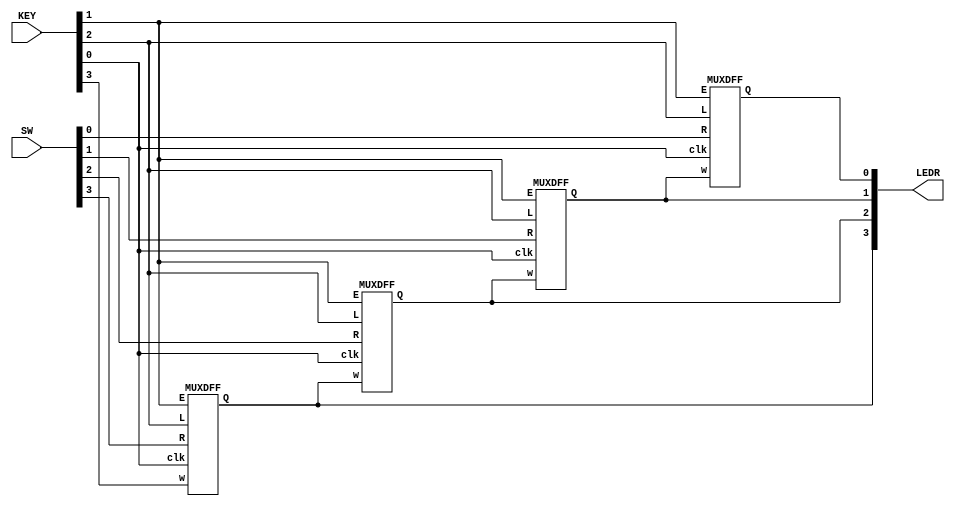
module top_module (
    input   [3:0]  SW,
    input   [3:0]  KEY,
    output  [3:0]  LEDR
); //

    genvar i;
    generate
	for(i = 0; i < 4; i = i + 1)begin:MUXDFF_4
	    MUXDFF MYMUXDFF(
                .clk   (KEY[0]),
	        .E     (KEY[1]),
		.L     (KEY[2]),
		.R     (SW[i]),
		.w     (i == 3 ? KEY[3] : LEDR[i+1]),
		.Q     (LEDR[i])
	    );
	end
    endgenerate

endmodule

module MUXDFF (
    input       clk,
    input       E,
    input       L,
    input       R,
    input       w,
    output reg  Q
);

    always@(posedge clk)begin
	Q <= L ? R : (E ? w : Q);
    end

endmodule